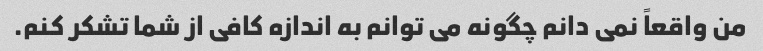
من واقعاً نمی دانم چگونه می توانم به اندازه کافی از شما تشکر کنم.